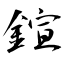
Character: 鍹